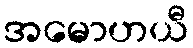
အမောဟယီ